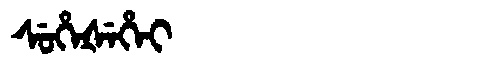
Manchu: ᠰᡠᡥᡝᡧᡝᡥᡝᡳ
Romanization: SUHEŠEHEI